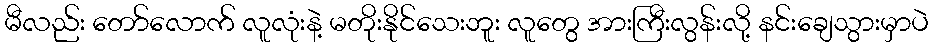
မီလည်း တော်လောက် လူလုံးနဲ့ မတိုးနိုင်သေးဘူး လူတွေ အားကြီးလွန်းလို့ နင်းချေသွားမှာပဲ